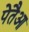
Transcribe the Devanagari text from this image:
पेतैआ